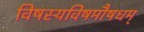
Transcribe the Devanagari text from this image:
विषस्यविषमौषधम्‌